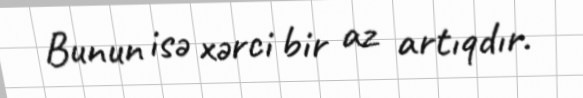
Bunun isə xərci bir az artıqdır.